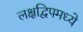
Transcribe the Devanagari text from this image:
लक्षद्विपमध्ये